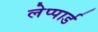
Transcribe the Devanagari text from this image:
लेप्पार्ड